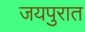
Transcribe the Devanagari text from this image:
जयपुरात